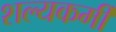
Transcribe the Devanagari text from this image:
शल्यकर्मी